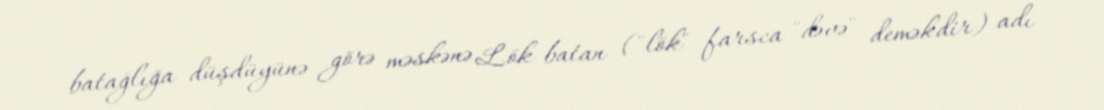
batağlığa düşdüyünə görə məskənə Lök-batan ("lök" farsca "dəvə" deməkdir) adı